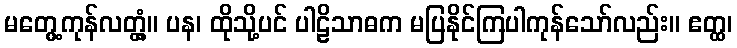
မတွေ့ကုန်လတ္တံ့။ ပန၊ ထိုသို့ပင် ပါဠိသာဓက မပြနိုင်ကြပါကုန်သော်လည်း။ ဧတ္ထ၊